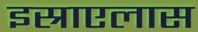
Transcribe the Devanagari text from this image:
इस्राएलास